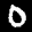
Label: 0